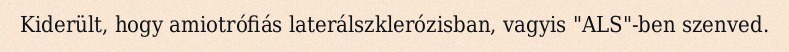
Kiderült, hogy amiotrófiás laterálszklerózisban, vagyis "ALS"-ben szenved.